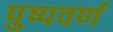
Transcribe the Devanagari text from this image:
पुष्पवर्ण